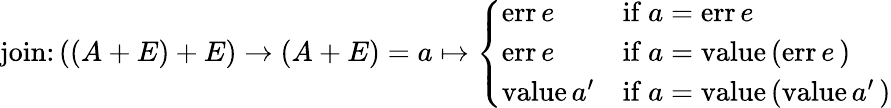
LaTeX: {\mathrm{join}}\colon((A+E)+E)\to(A+E)=a\mapsto{\left\{ \begin{array}{ll}{{\mathrm{err}}\, e}&{{\mathrm{if}}\ a={\mathrm{err}}\, e}\\ {{\mathrm{err}}\, e}&{{\mathrm{if}}\ a={\mathrm{value}}\, {\mathrm{(err}}\, e\, {\mathrm{)}}}\\ {{\mathrm{value}}\, a^{\prime}}&{{\mathrm{if}}\ a={\mathrm{value}}\, {\mathrm{(value}}\, a^{\prime}\, {\mathrm{)}}}\end{array}\right.}